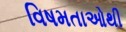
વિષમતાઓથી